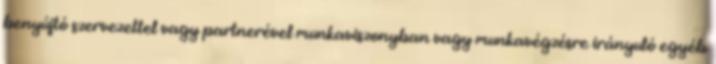
benyújtó szervezettel vagy partnerével munkaviszonyban vagy munkavégzésre irányuló egyéb